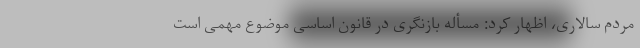
مردم سالاری، اظهار کرد: مسأله بازنگری در قانون اساسی موضوع مهمی است